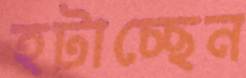
হটাচ্ছেন